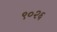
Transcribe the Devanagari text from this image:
९०२६